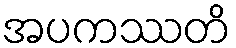
အပကဿတိ